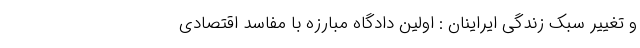
و تغییر سبک زندگی ایراینان : اولین دادگاه مبارزه با مفاسد اقتصادی